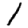
Digit: 1